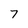
Character: 7